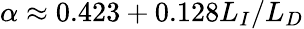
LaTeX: \alpha\approx 0.423+0.128L_{I}/L_{D}